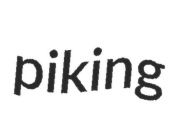
piking